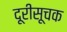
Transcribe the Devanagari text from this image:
दूरीसूचक